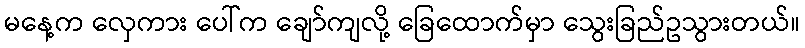
မနေ့က လှေကား ပေါ်က ချော်ကျလို့ ခြေထောက်မှာ သွေးခြည်ဥသွားတယ်။